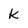
Character: k